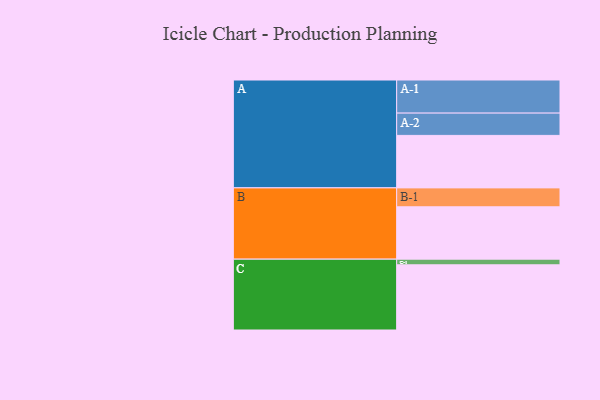
{"axis": {"x": "Segment", "y": "Value"}, "legend": ["", "A", "B", "C"], "data": [{"x": "A", "y": 466, "type": ""}, {"x": "B", "y": 465, "type": ""}, {"x": "C", "y": 579, "type": ""}, {"x": "A-1", "y": 294, "type": "A"}, {"x": "A-2", "y": 198, "type": "A"}, {"x": "B-1", "y": 168, "type": "B"}, {"x": "C-1", "y": 50, "type": "C"}]}